Annual statistical returns and brief notes on vaccination in Bengal - 1896-1909
Year: 1896
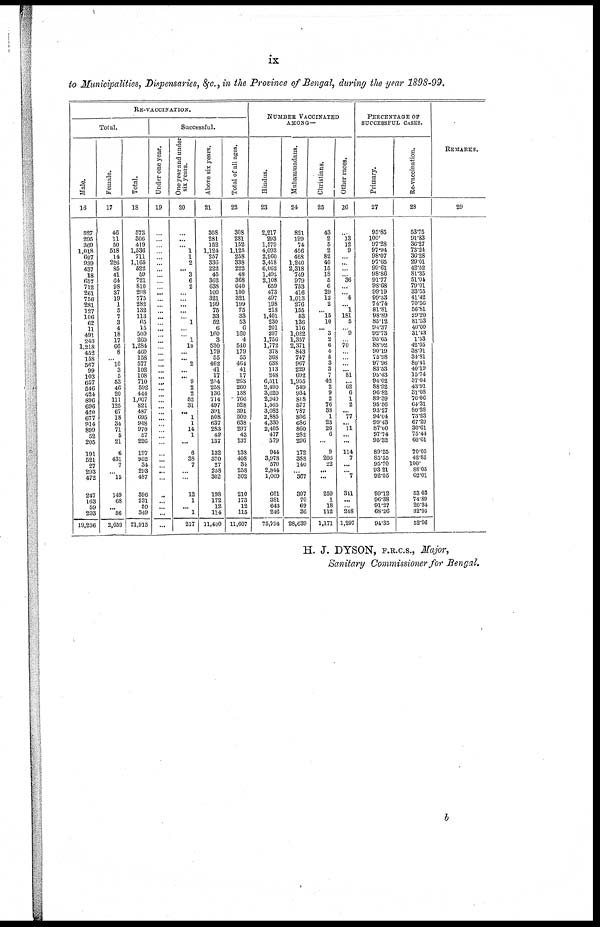
ix
to Municipalities, Dispensaries, &c., in the Province of Bengal, during the year 1898-99.
RE-VACCINATION.
Total.
Male.
16
527
295
369
1,018
697
939
437
18
657
712
261
756
281
127
106
62
11
491
243
1,218
452
158
567
99
103
657
546
424
896
696
420
677
914
899
52
205
191
521
27
293
472
247
163
59
293
19,256
Female.
17
46
11
50
518
14
226
85
41
64
98
37
19
1
5
7
3
4
18
17
66
8
... 10
3
5
53
46
20
111
125
67
18
34
71
5
21
6
431
7
... 15
149
68
... 56
2,659
Total.
18
573
306
419
1,536
711
1,165
522
59
721
810
298
775
282
132
113
65
15
509
260
1,284
400
158
577
102
108
710
592
444
1,007
821
487
695
948
970
57
226
197
952
34
293
487
396
231
59
349
21,915
Successful.
Under one year.
19
...
...
...
...
...
...
...
...
...
...
...
...
...
...
...
...
...
...
...
...
...
...
...
...
...
...
...
...
...
...
...
...
...
...
...
...
...
...
...
...
...
...
...
...
...
...
One year and under
six years.
20
...
...
... 1
1
2
... 3
6
2
...
...
...
...
... 1
...
... 1
10
...
... 2
...
... 9
2
2
52
31
... 1
1
14
1
...
6
38
7
...
...
12
1
... 1
227
Above six years.
21
308
281
152
1,124
257
330
222
45
362
638
100
321
199
75
33
52
6
160
3
530
179
55
462
41
17
254
258
136
714
497
391
508
637
283
42
137
132
370
27
258
302
198
172
12
114
11,400
Total of all ages.
22
308
281
152
1,125
258
338
222
48
368
640
100
321
199
75
33
53
6
160
4
540
179
55
454
41
17
203
260
138
766
528
391
509
638
297
43
137
138
408
34
258
302
210
173
12
115
11,607
NUMBER VACCINATED
AMONG—
Hindus.
23
2,217
293
1,579
4,093
2,960
3,418
6,062
1,492
2,108
659
473
497
198
218
1,401
230
201
397
1,756
1,772
378
368
638
113
248
6,511
2,490
3,020
2,940
1,565
3,082
2,885
4,330
2,405
477
379
944
3,978
570
2,844
1,069
661
381
643
246
75,794
Muhammadans.
24
821
199
74
456
468
1,240
2,318
749
979
753
416
1,013
276
155
53
136
116
1,022
1,357
2,371
843
747
967
229
692
1,955
549
934
818
577
787
806
686
860
282
296
172
388
140
... 367
397
70
69
36
28,039
Christians.
25
43
2
5
2
82
40
15
18
6
6
29
12
2
... 16
10
... 3
2
6
4
5
3
3
7
42
2
9
2
76
38
1
23
26
6
...
9
206
22
...
...
259
1
18
112
1,171
Other races.
26
...
13 12
9
...
...
...
... 36
...
... 4
... 1
181
5
... 9
... 70
...
...
...
... 81
... 62
6
1
2
... 77
... 11
...
...
114
7
...
... 7
311
...
... 248
1,297
PERCENTAGE OF
SUCCESSFUL CASES.
Primary.
27
95.85
100.
97.28
97.94
98.07
97.05
99.61
98.86
91.77
98.68
99.19
99.33
74.74
81.81
98.89
85.12
94.37
92.73
95.05
88.92
90.19
75.98
97.96
83.53
95.43
94.02
88.92
96.82
89.39
95.56
93.27
94.04
99.43
87.00
97.74
95.32
89.25
85.55
95.70
93.21
92.05
99.12
96.38
91.27
68.26
94.35
Re-vaccination.
28
53.75
91.83
36.27
73.24
36.28
29.01
42.52
81.35
51.04
79.01
33.55
41.42
70.56
56.81
29.20
81.53
40.00
31.43
1.53
42.05
38.91
34.81
80.41
40.19
15.74
37.04
43.91
31.03
70.06
64.31
80.28
73.23
67.29
30.61
75.44
60.61
70.05
42.85
100.
88.05
62.01
63.03
74.89
20.34
32.95
62.96
REMARKS.
29
H. J. DYSON, F.R.C.S., Major,
Sanitary Commissioner for Bengal.
b